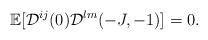
LaTeX: \begin{align*} \mathbb{E}[\mathcal{D}^{ij}(0) \mathcal{D}^{lm}(-J,-1)] = 0.\end{align*}